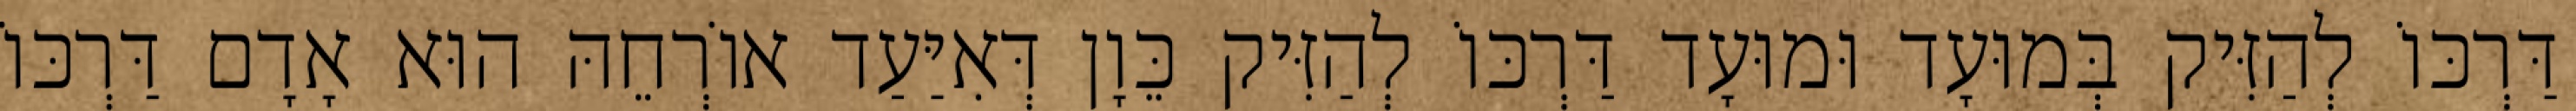
דַּרְכּוֹ לְהַזִּיק בְּמוּעָד וּמוּעָד דַּרְכּוֹ לְהַזִּיק כֵּוָן דְּאִיַּעַד אוֹרְחֵהּ הוּא אָדָם דַּרְכּוֹ